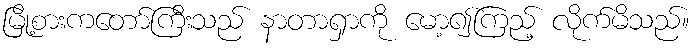
မြို့စားကတော်ကြီးသည် နာတာရှာကို မော့၍ကြည့် လိုက်မိသည်။